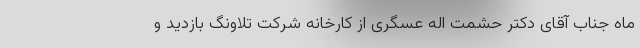
ماه جناب آقای دکتر حشمت اله عسگری از کارخانه شرکت تلاونگ بازدید و